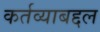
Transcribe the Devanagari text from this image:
कर्तव्याबद्दल